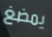
يمضغ